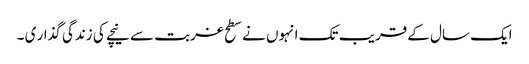
ایک سال کے قریب تک انہوں نے سطح غربت سے نیچے کی زندگی گذار ی ۔